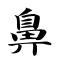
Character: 鼻